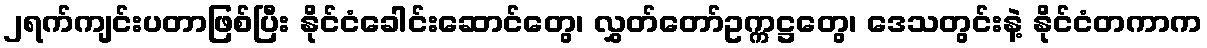
၂ရက်ကျင်းပတာဖြစ်ပြီး နိုင်ငံခေါင်းဆောင်တွေ၊ လွှတ်တော်ဥက္ကဋ္ဌတွေ၊ ဒေသတွင်းနဲ့ နိုင်ငံတကာက